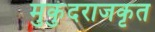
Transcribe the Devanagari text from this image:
मुकुंदराजकृत